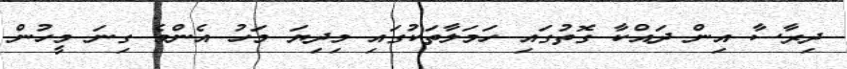
ދިރާސާ އިން ދައްކާ ގޮތުގައި ހަމަލާތަކުގައި މިދިޔަ މަހު އެންމެ ގިނަ މީހުން